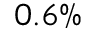
0 . 6 \%